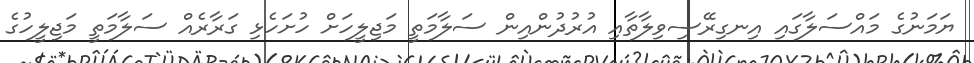
ޔަމަނުގެ މައްސަލާގައި އިނގިރޭސިވިލާތާއި އުރުދުންއިން ސަލާމަތީ މަޖިލީހަށް ހުށަހެޅި ގަރާރެއް ސަލާމަތީ މަޖިލީހުގެ